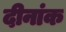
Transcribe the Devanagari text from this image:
दीनांक